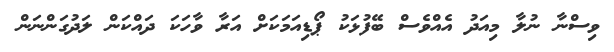
ވިސްނާ ނުލާ މިއަދު އެއްވެސް ބޭފުޅަކު ޕޯޑިއަމަކަށް އަރާ ވާހަކަ ދައްކަން ލަދުގަންނަން